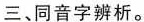
三、同音字辨析。